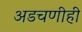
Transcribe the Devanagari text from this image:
अडचणीही